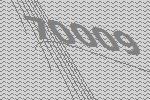
70009